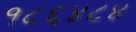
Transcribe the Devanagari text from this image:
१८६४८४